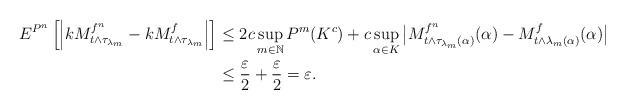
LaTeX: \begin{align*} E^{P^n} \left[ \left|kM^{f^n}_{t \wedge \tau_{\lambda_{m}}} - k M^{f}_{t \wedge \tau_{\lambda_{m}}}\right| \right] &\leq 2c \sup_{m \in \mathbb{N}} P^m (K^c) + c \sup_{\alpha \in K} \big| M^{f^n}_{t \wedge \tau_{\lambda_{m}}(\alpha)}(\alpha) - M^{f}_{t \wedge \lambda_{m}(\alpha)}(\alpha)\big| \\&\leq \frac{\varepsilon}{2} + \frac{\varepsilon}{2} = \varepsilon. \end{align*}